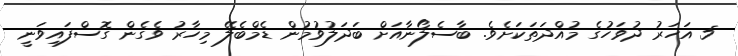
5 އަހަރު ދުވަހުގެ މުއްދަތަކަށެވެ. ބާސެލޯނާއަށް ބަދަލުވުމުން ޑެމްބެލޭ މިހާރު ވެގެން ގޮސްފައިވަނީ